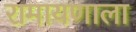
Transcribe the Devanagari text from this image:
रामायणाला